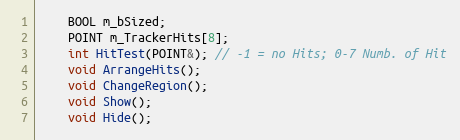
Language: C
	BOOL m_bSized;
	POINT m_TrackerHits[8];
	int HitTest(POINT&); // -1 = no Hits; 0-7 Numb. of Hit
    void ArrangeHits();
    void ChangeRegion();
	void Show();
	void Hide();